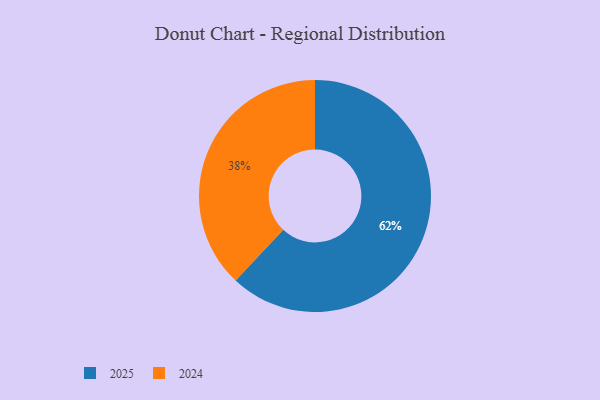
{"axis": {"x": "Category", "y": "Percentage"}, "legend": ["2024", "2025"], "data": [{"x": "2025", "y": 62, "type": "2025"}, {"x": "2024", "y": 38, "type": "2024"}]}